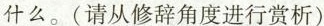
什么。(请从修辞角度进行赏析)